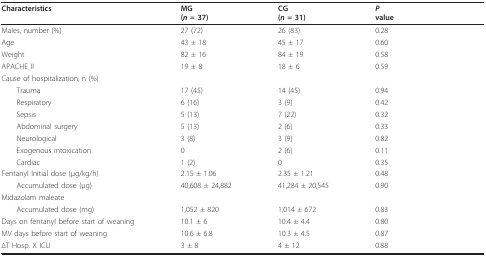
<table><thead><tr><td><b>Characteristics</b></td><td><b>MG(<i>n </i>= 37)</b></td><td><b>CG(<i>n </i>= 31)</b></td><td><b><i>P</i>value</b></td><td></td></tr></thead><tbody><tr><td>Males, number (%)</td><td>27 (72)</td><td>26 (83)</td><td>0.28</td><td></td></tr><tr><td>Age</td><td>43 ± 18</td><td>45 ± 17</td><td>0.60</td><td></td></tr><tr><td>Weight</td><td>82 ± 16</td><td>84 ± 19</td><td>0.58</td><td></td></tr><tr><td>APACHE II</td><td>19 ± 8</td><td>18 ± 6</td><td>0.59</td><td></td></tr><tr><td>Cause of hospitalization, n (%)</td><td></td><td></td><td></td><td></td></tr><tr><td> Trauma</td><td>17 (45)</td><td>14 (45)</td><td>0.94</td><td></td></tr><tr><td> Respiratory</td><td>6 (16)</td><td>3 (9)</td><td>0.42</td><td></td></tr><tr><td> Sepsis</td><td>5 (13)</td><td>7 (22)</td><td>0.32</td><td></td></tr><tr><td> Abdominal surgery</td><td>5 (13)</td><td>2 (6)</td><td>0.33</td><td></td></tr><tr><td> Neurological</td><td>3 (8)</td><td>3 (9)</td><td>0.82</td><td></td></tr><tr><td> Exogenous intoxication</td><td>0</td><td>2 (6)</td><td>0.11</td><td></td></tr><tr><td> Cardiac</td><td>1 (2)</td><td>0</td><td>0.35</td><td></td></tr><tr><td>Fentanyl Initial dose (μg/kg/h)</td><td>2.15 ± 1.06</td><td>2.35 ± 1.21</td><td>0.48</td><td></td></tr><tr><td> Accumulated dose (μg)</td><td>40,608 ± 24,882</td><td>41,284 ± 20,545</td><td>0.90</td><td></td></tr><tr><td>Midazolam maleate</td><td></td><td></td><td></td><td></td></tr><tr><td> Accumulated dose (mg)</td><td>1,052 ± 820</td><td>1,014 ± 672</td><td>0.83</td><td></td></tr><tr><td>Days on fentanyl before start of weaning</td><td>10.1 ± 6</td><td>10.4 ± 4.4</td><td>0.80</td><td></td></tr><tr><td>MV days before start of weaning</td><td>10.6 ± 6.8</td><td>10.3 ± 4.5</td><td>0.87</td><td></td></tr><tr><td>ΔT Hosp. X ICU</td><td>3 ± 8</td><td>4 ± 12</td><td>0.88</td><td></td></tr></tbody></table>